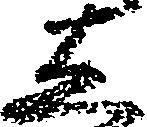
し